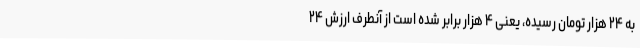
به ۲۴ هزار تومان رسیده، یعنی ۴ هزار برابر شده است از آنطرف ارزش ۲۴